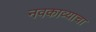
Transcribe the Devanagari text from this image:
नवकाव्याचा